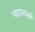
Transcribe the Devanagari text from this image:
महातात्पर्य